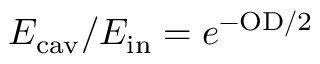
E _ { \mathrm { c a v } } / E _ { \mathrm { i n } } = { e } ^ { - \mathrm { O D } / 2 }